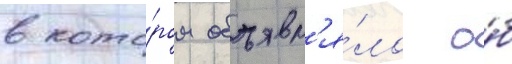
в кото́ром объявл'я́ло о́б